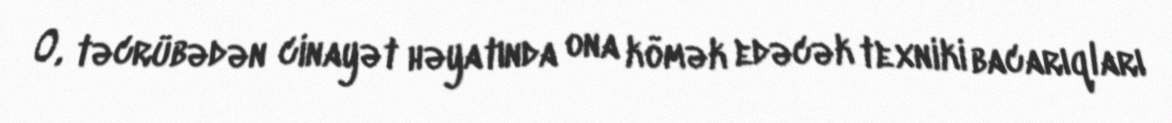
O, təcrübədən cinayət həyatında ona kömək edəcək texniki bacarıqları